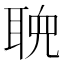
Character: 𬚠